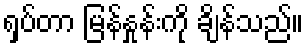
ရှပ်တာ မြန်နှုန်းကို ချိန်သည်။